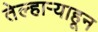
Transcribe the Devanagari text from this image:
तेल्हाऱ्याहून